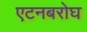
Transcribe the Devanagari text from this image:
एटनबरोघ